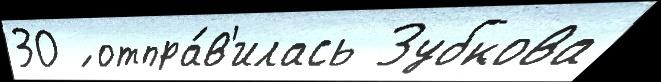
30 ́ отпра́в'илась Зубкова